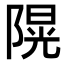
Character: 𨻙